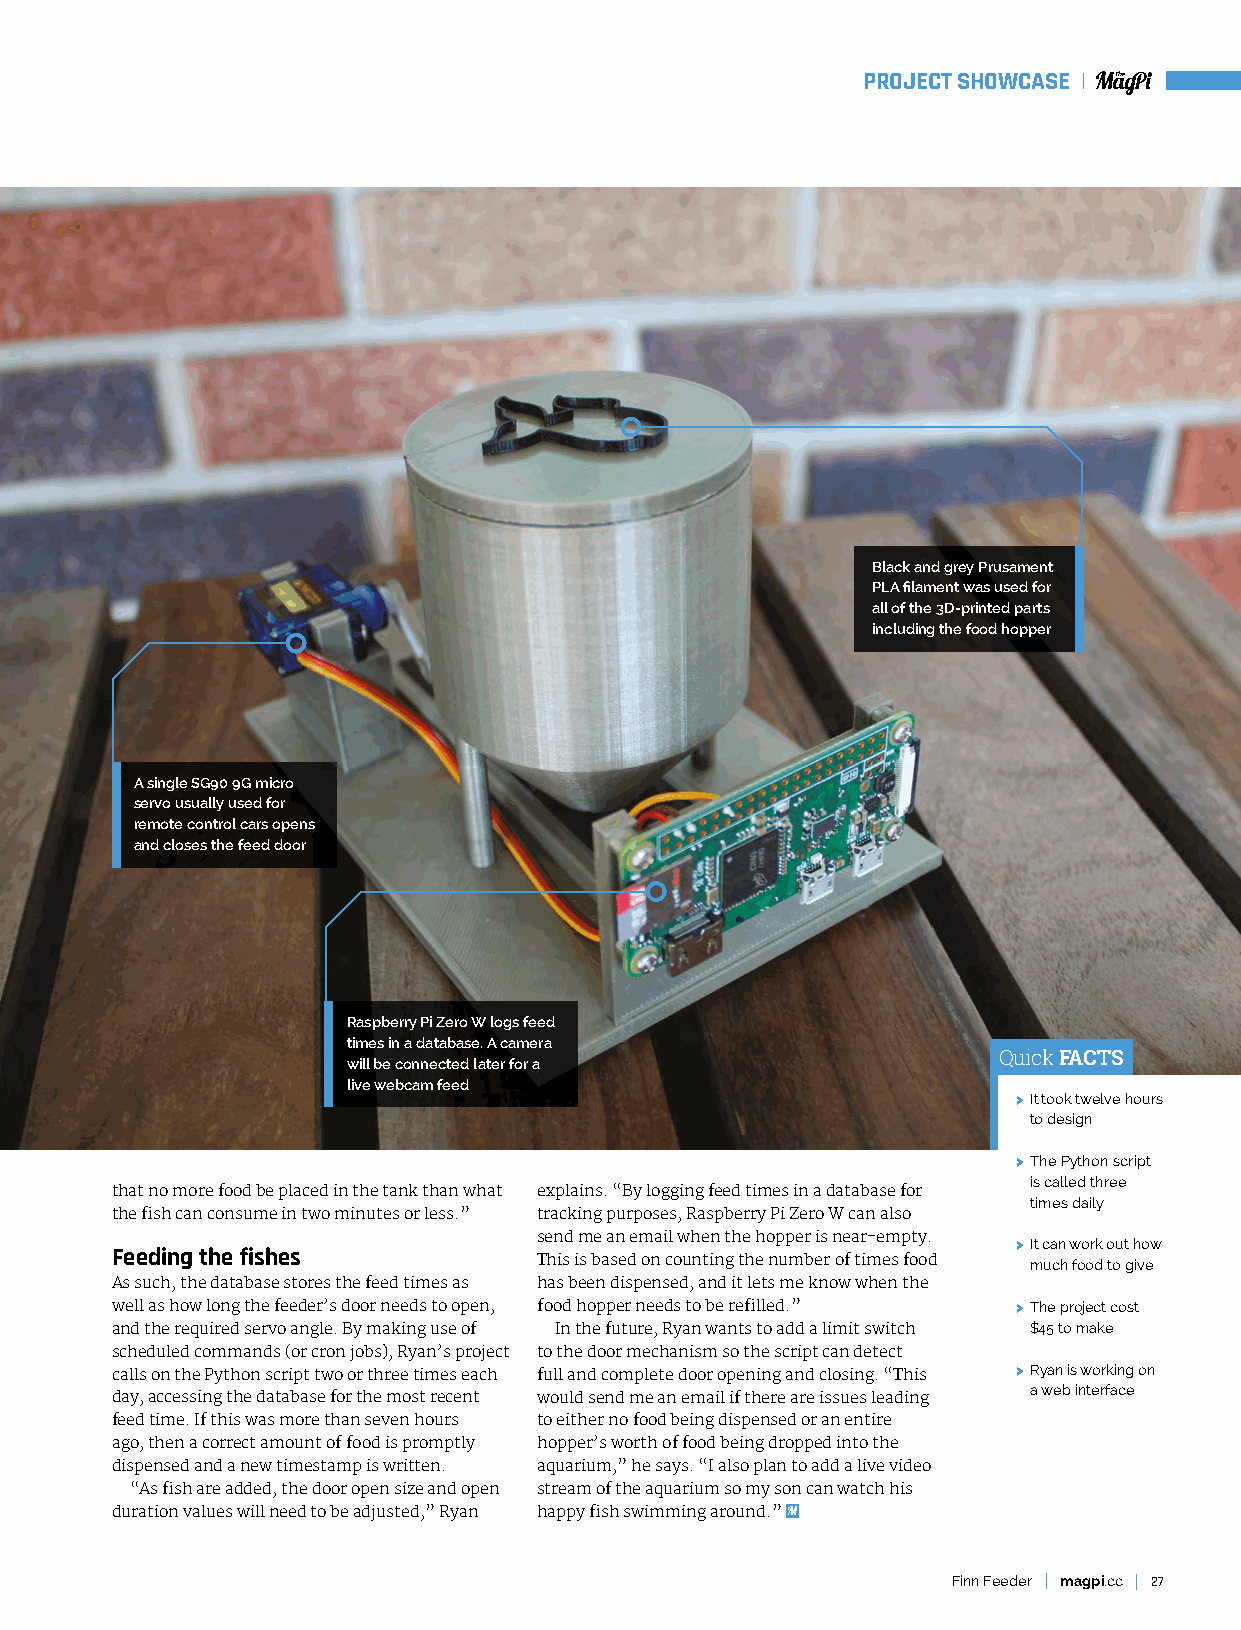
PROJECT SHOWCASE
 Black and grey Prusament
 PLA filament was used for
 all of the 3D-printed parts
 including the food hopper
 A single SG90 9G micro
 servo usually used for
 remote control cars opens
 and closes the feed door
 Raspberry Pi Zero W logs feed
 times in a database. A camera
 Quick FACTS
 will be connected later for a
 live webcam feed
 > It took twelve hours
 to design
 > The Python script
 is called three
 that no more food be placed in the tank than what explains. “By logging feed times in a database for
 times daily
 the fish can consume in two minutes or less.” tracking purposes, Raspberry Pi Zero W can also
 send me an email when the hopper is near-empty.
 > It can work out how
 Feeding the fishes           This is based on counting the number of times food much food to give
 As such, the database stores the feed times as has been dispensed, and it lets me know when the
 well as how long the feeder’s door needs to open, food hopper needs to be refilled.” > The project cost
 and the required servo angle. By making use of In the future, Ryan wants to add a limit switch $45 to make
 scheduled commands (or cron jobs), Ryan’s project to the door mechanism so the script can detect
 calls on the Python script two or three times each full and complete door opening and closing. “This > Ryan is working on
 a web interface
 day, accessing the database for the most recent would send me an email if there are issues leading
 feed time. If this was more than seven hours to either no food being dispensed or an entire
 ago, then a correct amount of food is promptly hopper’s worth of food being dropped into the
 dispensed and a new timestamp is written. aquarium,” he says. “I also plan to add a live video
 “As fish are added, the door open size and open stream of the aquarium so my son can watch his
 duration values will need to be adjusted,” Ryan happy fish swimming around.”
 Finn Feeder magpi.cc 27